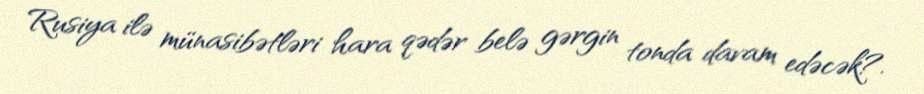
Rusiya ilə münasibətləri hara qədər belə gərgin tonda davam edəcək?.